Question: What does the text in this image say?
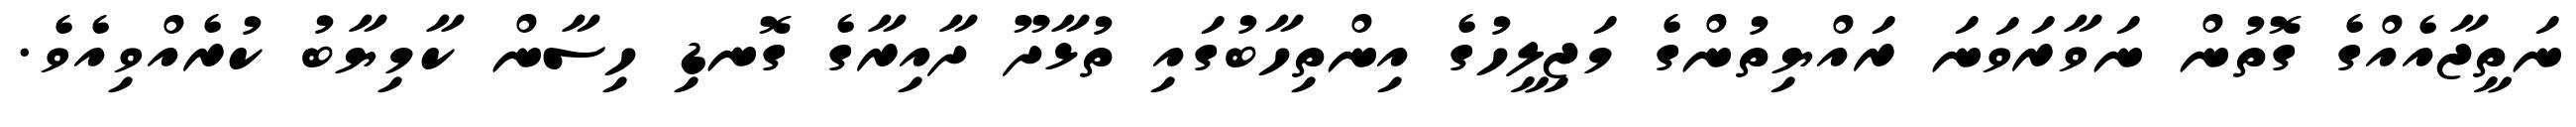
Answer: ނަތީޖާއެއްގެ ގޮތުން ނަވާރަވަނަ ރައްޔިތުންގެ މަޖިލީހުގެ އިންތިހާބުގައި ތުޅާދޫ ދާއިރާގެ ގޮނޑި ހިސާން ކާމިޔާބު ކުރެއްވިއެވެ.